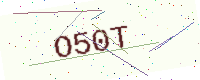
Text: O50T